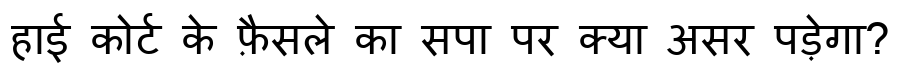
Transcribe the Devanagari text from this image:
हाई कोर्ट के फ़ैसले का सपा पर क्या असर पड़ेगा?